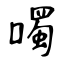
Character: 噣